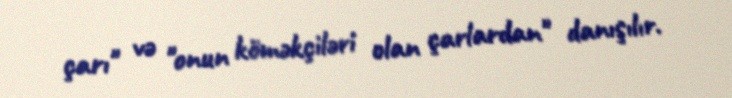
çarı" və "onun köməkçiləri olan çarlardan" danışılır.